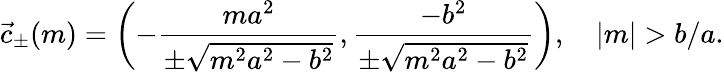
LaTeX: {\vec{c}}_{\pm}(m)=\left(-{\frac{ma^{2}}{\pm{\sqrt{m^{2}a^{2}-b^{2}}}}},{\frac{-b^{2}}{\pm{\sqrt{m^{2}a^{2}-b^{2}}}}}\right),\quad|m|>b/a.